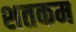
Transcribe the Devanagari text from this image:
शतकम